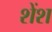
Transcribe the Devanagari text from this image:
शेंश